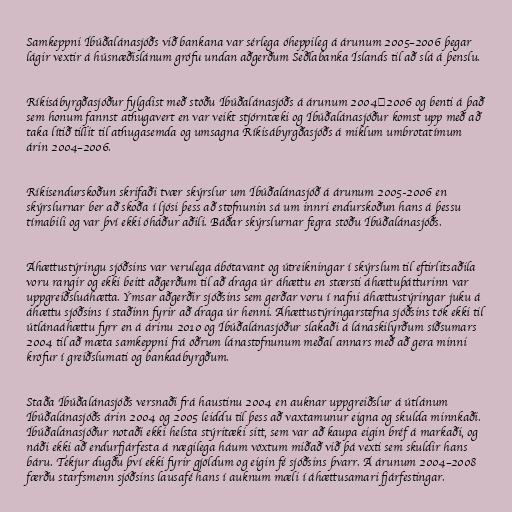
Samkeppni Íbúðalánasjóðs við bankana var sérlega óheppileg á árunum 2005–2006 þegar
lágir vextir á húsnæðislánum grófu undan aðgerðum Seðlabanka Íslands til að slá á þenslu.

Ríkisábyrgðasjóður fylgdist með stöðu Íbúðalánasjóðs á árunum 2004‒2006 og benti á það
sem honum fannst athugavert en var veikt stjórntæki og Íbúðalánasjóður komst upp með að
taka lítið tillit til athugasemda og umsagna Ríkisábyrgðasjóðs á miklum umbrotatímum
árin 2004–2006.

Ríkisendurskoðun skrifaði tvær skýrslur um Íbúðalánasjóð á árunum 2005-2006 en
skýrslurnar ber að skoða í ljósi þess að stofnunin sá um innri endurskoðun hans á þessu
tímabili og var því ekki óháður aðili. Báðar skýrslurnar fegra stöðu Íbúðalánasjóðs.

Áhættustýringu sjóðsins var verulega ábótavant og útreikningar í skýrslum til eftirlitsaðila
voru rangir og ekki beitt aðgerðum til að draga úr áhættu en stærsti áhættuþátturinn var
uppgreiðsluáhætta. Ýmsar aðgerðir sjóðsins sem gerðar voru í nafni áhættustýringar juku á
áhættu sjóðsins í staðinn fyrir að draga úr henni. Áhættustýringarstefna sjóðsins tók ekki til
útlánaáhættu fyrr en á árinu 2010 og Íbúðalánasjóður slakaði á lánaskilyrðum síðsumars
2004 til að mæta samkeppni frá öðrum lánastofnunum meðal annars með að gera minni
kröfur í greiðslumati og bankaábyrgðum.

Staða Íbúðalánasjóðs versnaði frá haustinu 2004 en auknar uppgreiðslur á útlánum
Íbúðalánasjóðs árin 2004 og 2005 leiddu til þess að vaxtamunur eigna og skulda minnkaði.
Íbúðalánasjóður notaði ekki helsta stýritæki sitt, sem var að kaupa eigin bréf á markaði, og
náði ekki að endurfjárfesta á nægilega háum vöxtum miðað við þá vexti sem skuldir hans
báru. Tekjur dugðu því ekki fyrir gjöldum og eigin fé sjóðsins þvarr. Á árunum 2004–2008
færðu starfsmenn sjóðsins lausafé hans í auknum mæli í áhættusamari fjárfestingar.